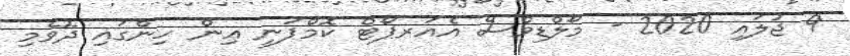
9 ޖުލައި 2020 - މޯލްޑިވްސް އެއަރޕޯޓް ކޮމްޕަނީ ޢިން ހިންގައި ދޮވެމި